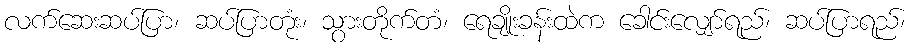
လက်ဆေးဆပ်ပြာ၊ ဆပ်ပြာတုံး၊ သွားတိုက်တံ၊ ရေချိုးခန်းထဲက ခေါင်းလျှော်ရည်၊ ဆပ်ပြာရည်၊